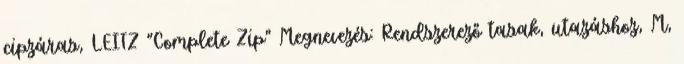
cipzáras, LEITZ "Complete Zip" Megnevezés: Rendszerező tasak, utazáshoz, M,